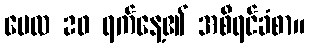
မေလ 20 ရက်နေ့၏ အစီရင်ခံစာ။